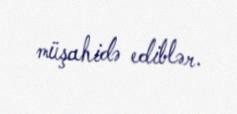
müşahidə ediblər.